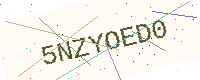
Text: 5NZYOED0